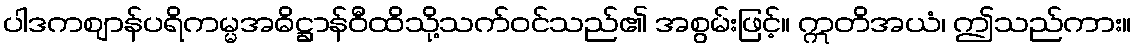
ပါဒကဈာန်ပရိကမ္မအဓိဋ္ဌာန်ဝီထိသို့သက်ဝင်သည်၏ အစွမ်းဖြင့်။ ဣတိအယံ၊ ဤသည်ကား။